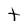
Character: t